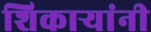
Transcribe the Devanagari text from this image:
शिकाऱ्यांनी